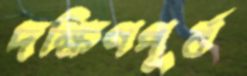
দক্ষিণপূর্ব